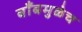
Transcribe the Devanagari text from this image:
बाँबमुळेच